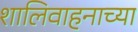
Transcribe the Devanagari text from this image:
शालिवाहनाच्या